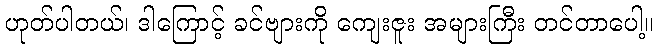
ဟုတ်ပါတယ်၊ ဒါကြောင့် ခင်ဗျားကို ကျေးဇူး အများကြီး တင်တာပေါ့။